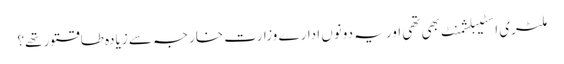
ملٹری اسٹیبلشمنٹ بھی تھی اور یہ دونوں ادارے وزارت خارجہ سے زیادہ طاقتور تھے؟